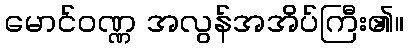
မောင်ဝဏ္ဏ အလွန်အအိပ်ကြီး၏။